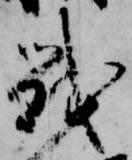
戦